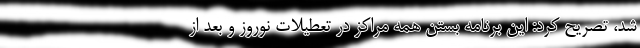
شد، تصریح کرد: این برنامه بستن همه مراکز در تعطیلات نوروز و بعد از